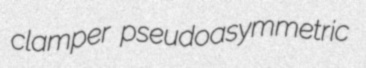
clamper pseudoasymmetric